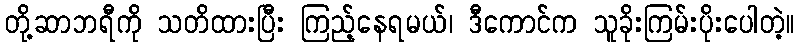
တို့ဆာဘရီကို သတိထားပြီး ကြည့်နေရမယ်၊ ဒီကောင်က သူခိုးကြမ်းပိုးပေါတဲ့။